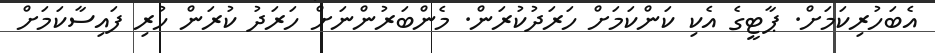
އެބަހުރިކަމަށް. ޕާޓީގެ އެކި ކަންކަމަށް ހަރަދުކުރަން. މެންބަރުންނަށް ހަރަދު ކުރަން ހުރި ފައިސާކަމަށް